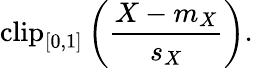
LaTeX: \mathrm{clip}_{[0,1]}\left(\frac{X-m_{X}}{s_{X}}\right).